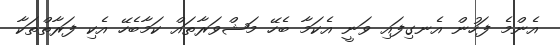
އެންމެ ފަހުން އެނގިފައި ވަނީ އެކަމާ ބެހޭ މަޝްވަރާތައް ކަމާބެހޭ އެކި ފަރާތްތަކާ